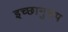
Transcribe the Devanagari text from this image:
इच्छानुरुप